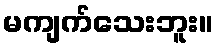
မကျက်သေးဘူး။